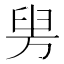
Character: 𦥤